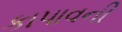
કાપાવની